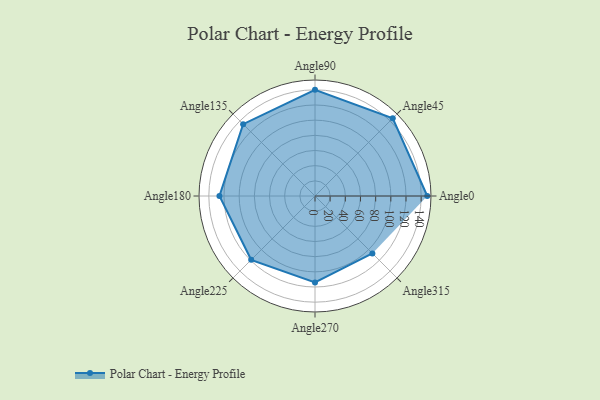
{"axis": {"x": "Angle", "y": "Radius"}, "legend": [""], "data": [{"x": "Angle0", "y": 148.0, "type": ""}, {"x": "Angle45", "y": 145.0, "type": ""}, {"x": "Angle90", "y": 140.0, "type": ""}, {"x": "Angle135", "y": 134.0, "type": ""}, {"x": "Angle180", "y": 126.0, "type": ""}, {"x": "Angle225", "y": 119.0, "type": ""}, {"x": "Angle270", "y": 114.0, "type": ""}, {"x": "Angle315", "y": 107.0, "type": ""}]}